Suggestions for procedure with regard to school attendance under the Education (Scotland) Act, 1936, sections 1 to 3 and 5, 1936
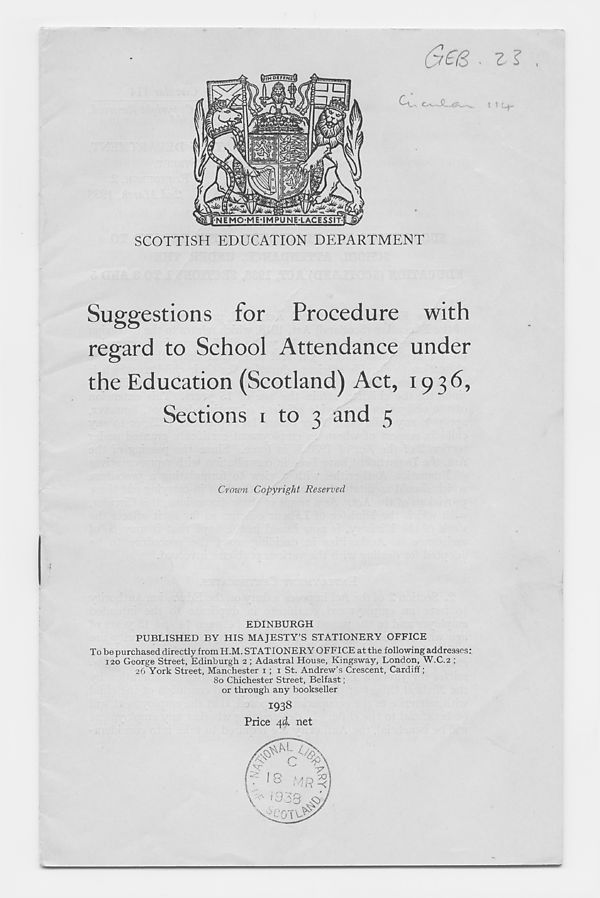
Suggestion 8 for Procedure with
regard to School Attendance under
the Education (Scotland) Act, 1936,
Sections 1 to 3 and 5
Crown Copyright Reserved
EDINBURGH
PUBLISHED BY HIS MAJESTY’S STATIONERY OFFICE
To be purchased directly from H.M. STATIONERY OFFICE at the following addresses:
120 George Street, Edinburgh 2 ; Adastral House, Kingsway, London, W.C.2 ;
26 York Street, Manchester 1; 1 St. Andrew’s Crescent, Cardiff;
80 Chichester Street, Belfast;
or through any bookseller
1938
Price ,4<i. net
z l
t 1 Cj-